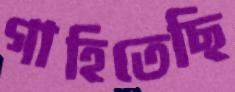
গাহিতেছি